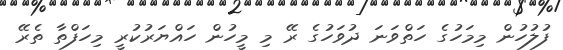
ފުލުހުން މިމަހުގެ ހަތްވަނަ ދުވަހުގެ ރޭ މި މީހުން ހައްޔަރުކުރީ މިހަފްތާ ތެރޭ